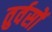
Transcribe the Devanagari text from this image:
तुर्वसों